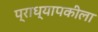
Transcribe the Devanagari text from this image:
प्राध्यापकीला